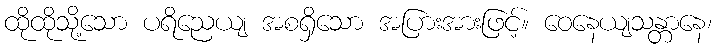
ထိုထိုသို့သော ပရိညေယျ အစရှိသော အပြားအားဖြင့်။ ဝေနေယျသန္တာနေ၊